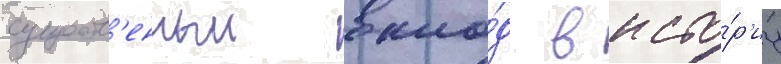
существ'енныи вкла́д в исто́р'иу